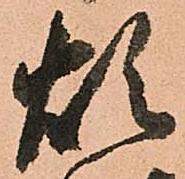
煩